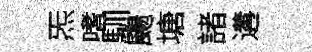
炁嗜馴颺塘諸遘